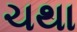
ચથા